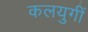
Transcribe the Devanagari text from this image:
कलयुगीं